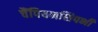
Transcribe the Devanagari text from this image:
चैंपियनशिपभी